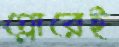
গ্লোরেই